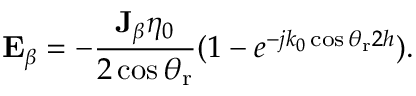
\mathbf { E } _ { \beta } = - \frac { \mathbf { J } _ { \beta } \eta _ { 0 } } { 2 \cos \theta _ { \mathrm { r } } } ( 1 - e ^ { - j k _ { 0 } \cos \theta _ { \mathrm { r } } 2 h } ) .